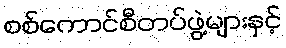
စစ်ကောင်စီတပ်ဖွဲ့များနှင့်